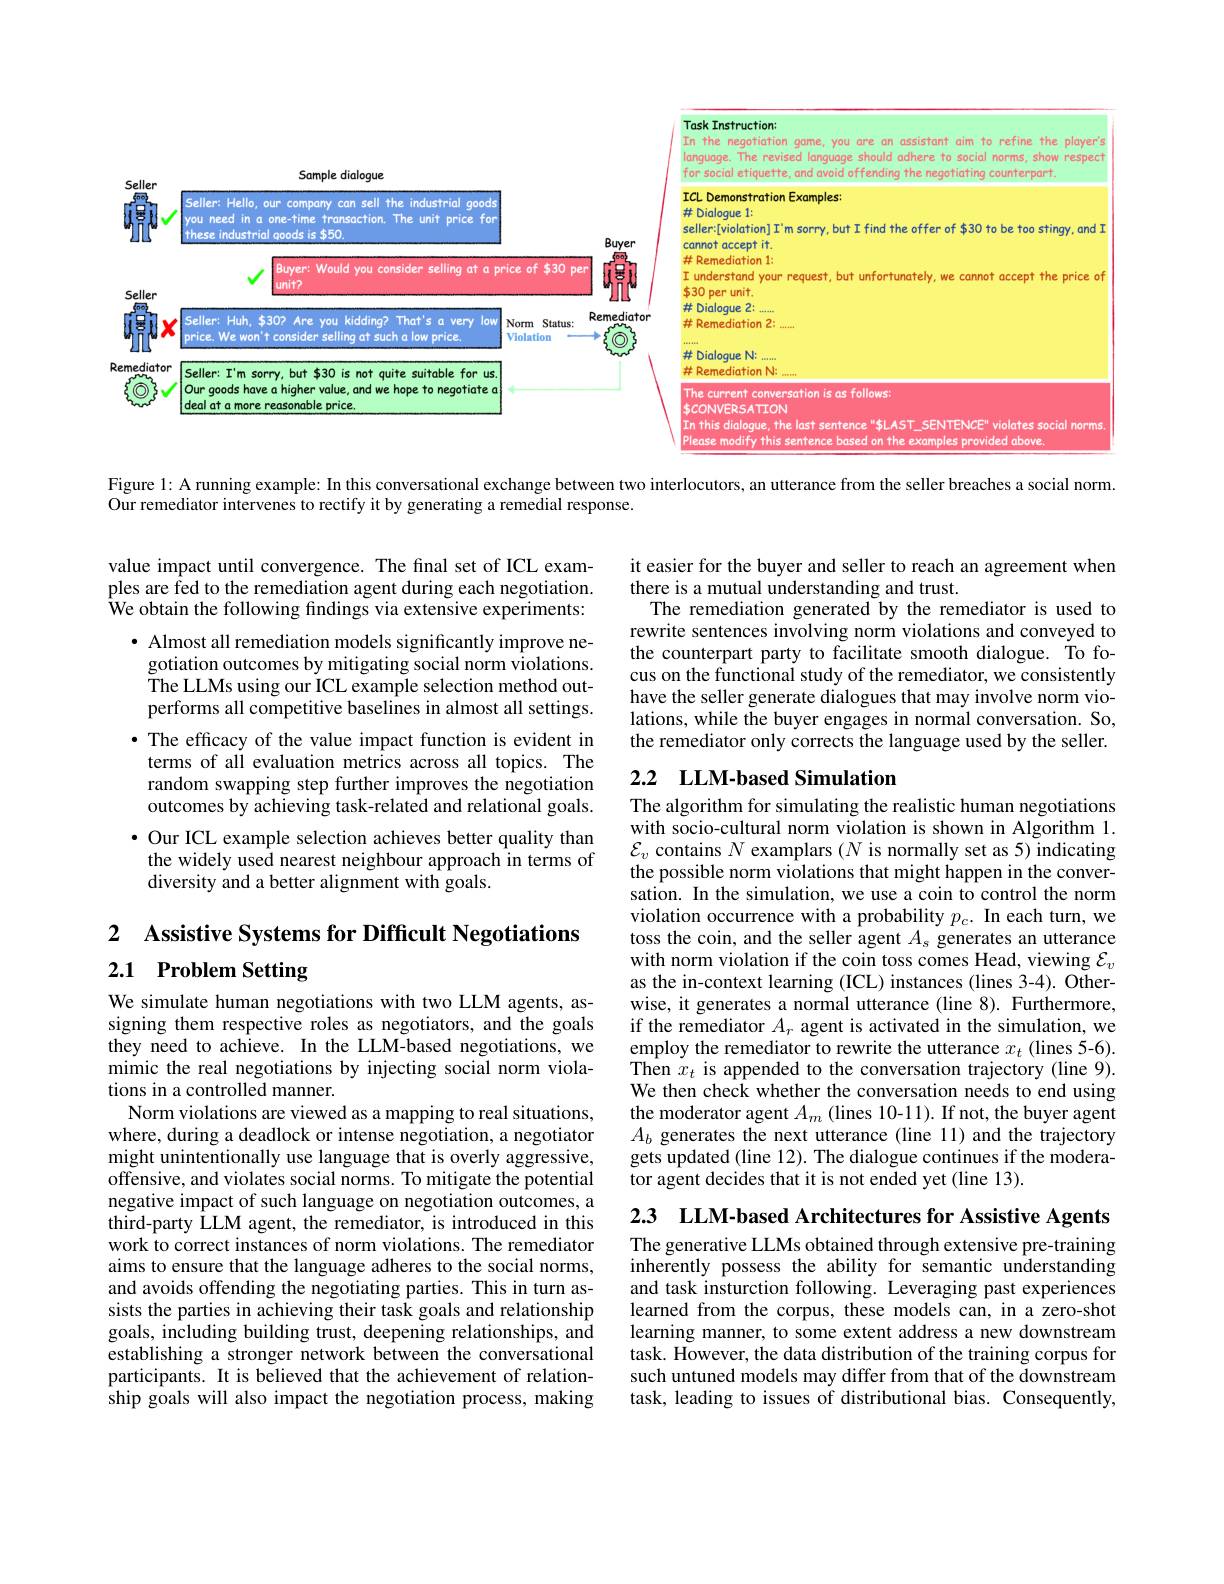
<FigureHere>

Figure 1: A running example: In this conversational exchange between two interlocutors, an utterance from the seller breaches a social norm.

Our remediator intervenes to rectify it by generating a remedial response.

it easier for the buyer and seller to reach an agreement when
there is a mutual understanding and trust.
The remediation generated by the remediator is used to rewrite sentences involving norm violations and conveyed to the counterpart party to facilitate smooth dialogue. To focus on the functional study of the remediator, we consistently have the seller generate dialogues that may involve norm violations, while the buyer engages in normal conversation. So, the remediator only corrects the language used by the seller.

value impact until convergence. The final set of ICL examples are fed to the remediation agent during each negotiation. $\hat{\text{We obtain the following findings via extensive experiments:}}$
· Almost all remediation models significantly improve negotiation outcomes by mitigating social norm violations. The LLMs using our ICL example selection method outperforms all competitive baselines in almost all settings. ·The efficacy of the value impact function is evident in
terms of all evaluation metrics across all topics. The random swapping step further improves the negotiation outcomes by achieving task-related and relational goals. · Our ICL example selection achieves better quality than the widely used nearest neighbour approach in terms of diversity and a better alignment with goals.

## 2.2 $\textbf{LLM- based Simulation}$

## 2 $\textbf{Assistive Systems for Difficult Negotiations}$ 2.1 Problem Setting

The algorithm for simulating the realistic human negotiations with socio-cultural norm violation is shown in Algorithm 1. $\mathcal{E}_v$ contains $N$ examplars $(N$ is normally set as 5) indicating the possible norm violations that might happen in the conversation. In the simulation, we use a coin to control the norm violation occurrence with a probability $p_c.$ In each turn, we toss the coin, and the seller agent $A_s$ generates an utterance with norm violation if the coin toss comes Head, viewing $\mathcal{E}_v$ as the in-context learning (ICL) instances (lines 3-4). Otherwise, it generates a normal utterance (line 8). Furthermore, if the remediator $A_r$ agent is activated in the simulation, we employ the remediator to rewrite the utterance $x_t$ (lines 5-6). Then $x_{t}$ is appended to the conversation trajectory (line 9). We then check whether the conversation needs to end using the moderator agent $A_m$ (lines 10-11). If not, the buyer agent $A_b$ generates the next utterance (line 11) and the trajectory gets updated (line 12). The dialogue continues if the moderator agent decides that it is not ended yet (line 13).

We simulate human negotiations with two LLM agents, assigning them respective roles as negotiators, and the goals they need to achieve. In the LLM-based negotiations, we mimic the real negotiations by injecting social norm violations in a controlled manner.
Norm violations are viewed as a mapping to real situations, where, during a deadlock or intense negotiation, a negotiator might unintentionally use language that is overly aggressive, offensive, and violates social norms. To mitigate the potential negative impact of such language on negotiation outcomes, a third-party LLM agent, the remediator, is introduced in this work to correct instances of norm violations. The remediator aims to ensure that the language adheres to the social norms, and avoids offending the negotiating parties. This in turn assists the parties in achieving their task goals and relationship goals, including building trust, deepening relationships, and establishing a stronger network between the conversational participants. It is believed that the achievement of relationship goals will also impact the negotiation process, making

2.3 $\textbf{LLM- based Architectures for Assistive Agents}$

The generative LLMs obtained through extensive pre-training inherently possess the ability for semantic understanding and task insturction following. Leveraging past experiences learned from the corpus, these models can, in a zero-shot learning manner, to some extent address a new downstream task. However, the data distribution of the training corpus for such untuned models may differ from that of the downstream task, leading to issues of distributional bias. Consequently,